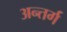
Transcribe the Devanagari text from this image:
अन्तर्ग